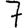
Digit: 7